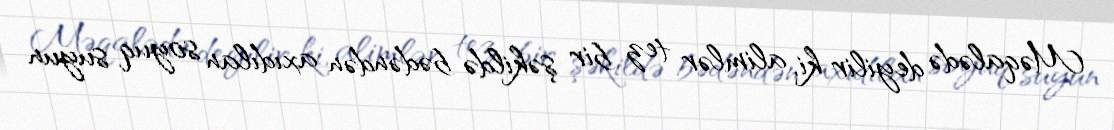
Məqalədə deyilir ki, alimlər tez bir şəkildə bədəndən axıdılan soyuq suyun